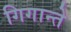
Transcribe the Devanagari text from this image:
गिगान्ते